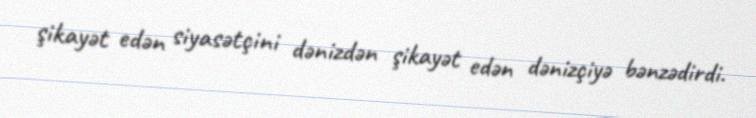
şikayət edən siyasətçini dənizdən şikayət edən dənizçiyə bənzədirdi.